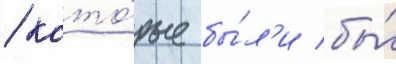
/ кото́рые бы́л'и бы́